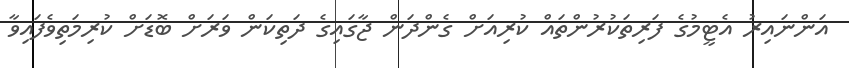
އަންނައިރު އެޓީމުގެ ފަރިތަކުރުންތައް ކުރިއަށް ގެންދަން ޖާގައިގެ ދަތިކަން ވަރަށް ބޮޑަށް ކުރިމަތިވެފައިވާ